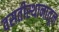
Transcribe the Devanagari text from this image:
वसतीस्थानातून